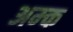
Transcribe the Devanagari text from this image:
अम्क